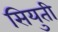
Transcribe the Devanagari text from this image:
सियुती